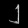
Digit: ၂